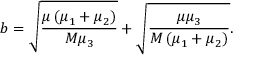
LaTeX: b = \sqrt { \frac { \mu \left( \mu _ { 1 } + \mu _ { 2 } \right) } { M \mu _ { 3 } } } + \sqrt { \frac { \mu \mu _ { 3 } } { M \left( \mu _ { 1 } + \mu _ { 2 } \right) } } .